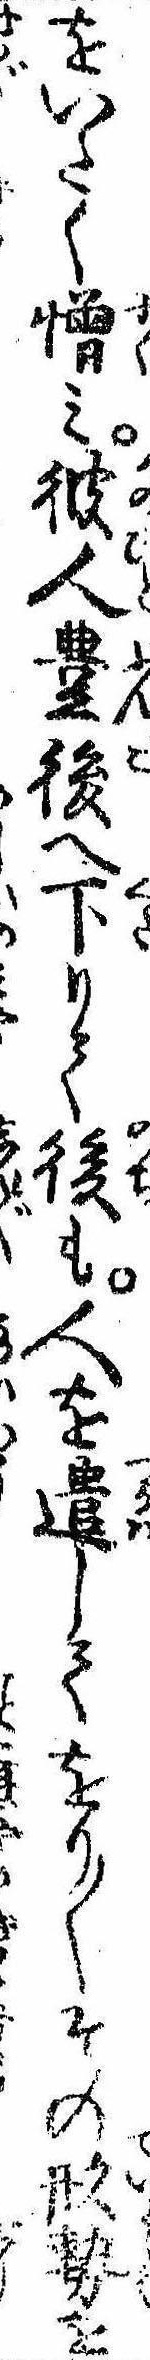
をいたく憎み彼人豊後へ下りて後も人を遣してをり〱その形勢を